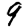
Digit: 9